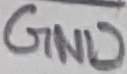
Text: GND